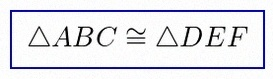
\triangle ABC\cong\triangle DEF